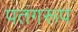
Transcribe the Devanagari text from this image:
पतंगरूप